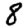
Digit: 8